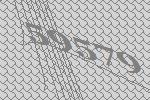
59579